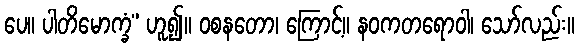
ပေ။ ပါတိမောက္ခံ” ဟူ၍။ ဝစနတော၊ ကြောင့်။ နဝကတရောဝါ၊ သော်လည်း။